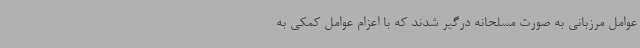
عوامل مرزبانی به صورت مسلحانه درگیر شدند که با اعزام عوامل کمکی به